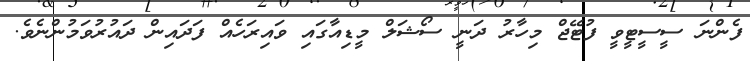
ފެންނަ ސީސީޓީވީ ފުޓޭޖް މިހާރު ދަނީ ސޯޝަލް މީޑިއާގައި ވައިރަހެއް ފަދައިން ދައުރުވަމުންނެވެ.